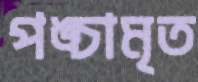
পঙ্চামৃত